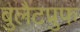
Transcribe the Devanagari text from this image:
बुलैटप्रुफ